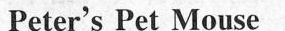
Peter's Pet Mouse